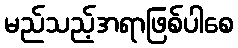
မည်သည့်အရာဖြစ်ပါစေ